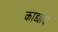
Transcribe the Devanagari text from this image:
काड्याचे